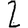
Digit: 2